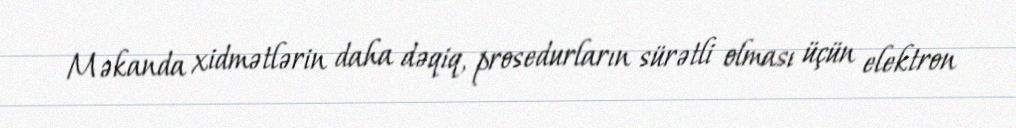
Məkanda xidmətlərin daha dəqiq, prosedurların sürətli olması üçün elektron